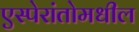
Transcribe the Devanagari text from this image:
एस्पेरांतोमधील